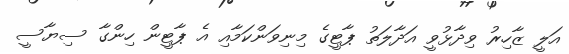
އަލީ ޒާހިރު ވިދާޅުވީ އަދާލަތު ޕާޓީގެ މިނިވަންކަމާއި އެ ޕާޓީން ހިންގާ ސިޔާސީ